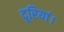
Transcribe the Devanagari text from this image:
दूरियां।